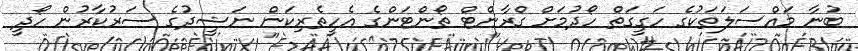
ބުނާ މައްސަލަތަކުގެ ހަގީގަތް ހޯދުމަށް ގްރާންޓް ތޯންޓަންގެ އެހީތެރިކަން ނަޝީދުގެ ސަރުކާރުން ހޯދީ